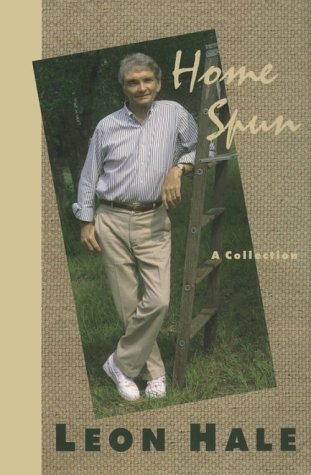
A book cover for Home Spun: A Collection; Leon Hale; Humor & Entertainment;